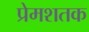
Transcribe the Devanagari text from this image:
प्रेमशतक